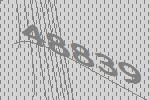
48839